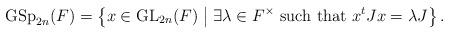
LaTeX: \begin{align*}\operatorname{GSp}_{2n}(F)=\left\{ x \in \operatorname{GL}_{2n}(F) \bigm\vert \exists \lambda \in F^\times \mbox{ such that } x^t J x=\lambda J \right\}.\end{align*}